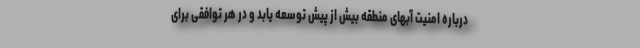
درباره امنیت آبهای منطقه بیش از پیش توسعه یابد و در هر توافقی برای